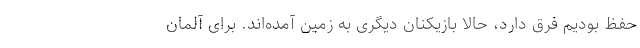
حفظ بودیم فرق دارد، حالا بازیکنان دیگری به زمین آمده‌اند. برای آلمان